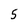
Character: 5